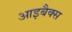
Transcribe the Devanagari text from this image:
आइबैक्स